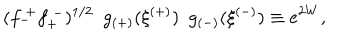
( f _ { - } ^ { ~ + } f _ { + } ^ { ~ - } ) ^ { 1 / 2 } ~ ~ g _ { ( + ) } ( \xi ^ { ( + ) } ) ~ ~ g _ { ( - ) } ( \xi ^ { ( - ) } ) \equiv e ^ { 2 W } ,